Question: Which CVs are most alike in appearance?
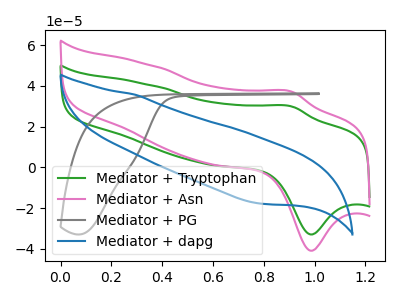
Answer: <think>The green curve "Mediator + Tryptophan" has an anodic peak at (0.90V, 29.85uA) and a cathodic peak at (1.00V, -32.90uA). The pink curve "Mediator + Asn" has an anodic peak at (0.90V, 37.10uA) and a cathodic peak at (1.00V, -40.90uA). The gray curve "Mediator + PG" has no peaks. The blue curve "Mediator + dapg" has no peaks.
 All the peaks in "Mediator + Tryptophan" have a peak in "Mediator + Asn" at the same potential. Every peak in "Mediator + Tryptophan" is lower than every peak in "Mediator + Asn". "Mediator + Tryptophan" and "Mediator + PG" have a different number of peaks. "Mediator + Tryptophan" and "Mediator + dapg" have a different number of peaks. "Mediator + Asn" and "Mediator + PG" have a different number of peaks. "Mediator + Asn" and "Mediator + dapg" have a different number of peaks. Neither "Mediator + PG" or "Mediator + dapg" have any peaks.</think>
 <answer>"Mediator + Tryptophan" and "Mediator + Asn" have the same shape and are likely CV's of the same chemical.</answer>
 <eval>"Mediator + Tryptophan" "Mediator + Asn"</eval>